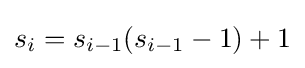
\displaystyle s_{i}=s_{i-1}(s_{i-1}-1)+1